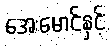
အေးမောင်နှင့်